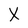
Character: X